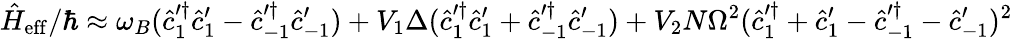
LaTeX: \hat{H}_{\mathrm{eff}}/\hbar\approx\omega_{B}(\hat{c}_{1}^{\prime\dagger}\hat{c}_{1}^{\prime}-\hat{c}_{-1}^{\prime\dagger}\hat{c}_{-1}^{\prime})+V_{1}\Delta(\hat{c}_{1}^{\prime\dagger}\hat{c}_{1}^{\prime}+\hat{c}_{-1}^{\prime\dagger}\hat{c}_{-1}^{\prime})+V_{2}N\Omega^{2}(\hat{c}_{1}^{\prime\dagger}+\hat{c}_{1}^{\prime}-\hat{c}_{-1}^{\prime\dagger}-\hat{c}_{-1}^{\prime})^{2}